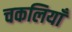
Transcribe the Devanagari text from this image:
चकलियाँ